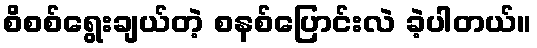
စိစစ်ရွေးချယ်တဲ့ စနစ်ပြောင်းလဲ ခဲ့ပါတယ်။